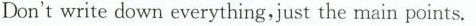
Don't write down everything,just the main points.